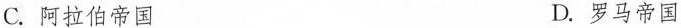
C.阿拉伯帝国 D.罗马帝国